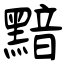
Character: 黯